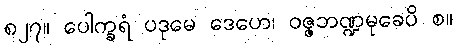
၈၂၇။ ပေါက္ခရံ ပဒုမေ ဒေဟေ၊ ဝဇ္ဇဘဏ္ဍမုခေပိ စ။